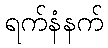
ရက်နံနက်